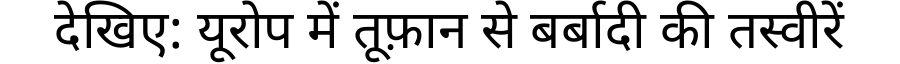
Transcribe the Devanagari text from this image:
देखिए: यूरोप में तूफ़ान से बर्बादी की तस्वीरें